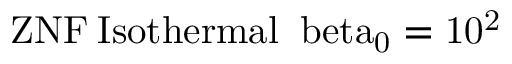
\mathrm { { Z N F } \: \mathrm { { I s o t h e r m a l } \: \ b e t a _ { 0 } = 1 0 ^ { 2 } } }